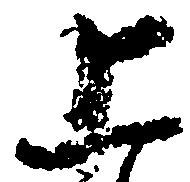
上